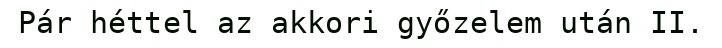
Pár héttel az akkori győzelem után II.